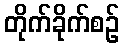
တိုက်ခိုက်စဉ်